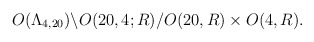
\begin{align*}O(\Lambda_{4,20})\backslash O(20,4;R)/O(20,R) \times O(4,R).\end{align*}